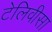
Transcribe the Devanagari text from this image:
टेलिवीसा